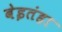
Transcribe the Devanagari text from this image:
बेइतंहा